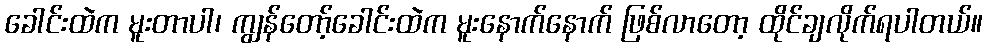
ခေါင်းထဲက မူးတာပါ၊ ကျွန်တော့်ခေါင်းထဲက မူးနောက်နောက် ဖြစ်လာတော့ ထိုင်ချလိုက်ရပါတယ်။